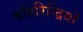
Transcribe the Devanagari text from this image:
बहिरिन्द्रियों